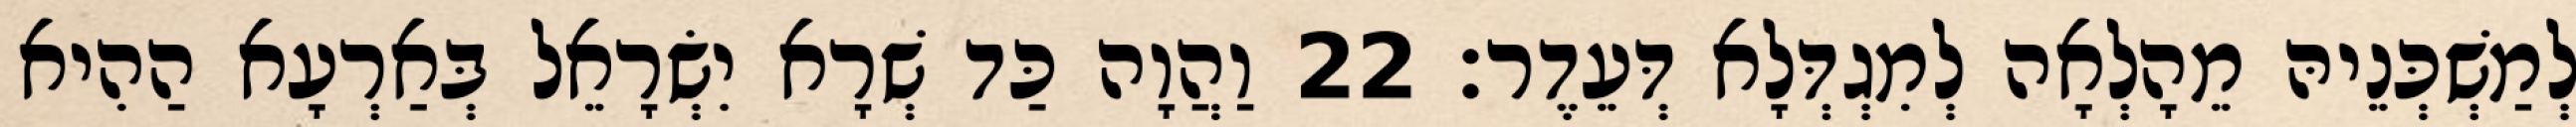
לְמַשְׁכְּנֵיהּ מֵהָלְאָה לְמִגְדְּלָא דְּעֵדֶר׃ 22 וַהֲוָה כַּד שְׁרָא יִשְׂרָאֵל בְּאַרְעָא הַהִיא